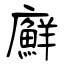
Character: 廯